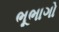
ભૂભાગો